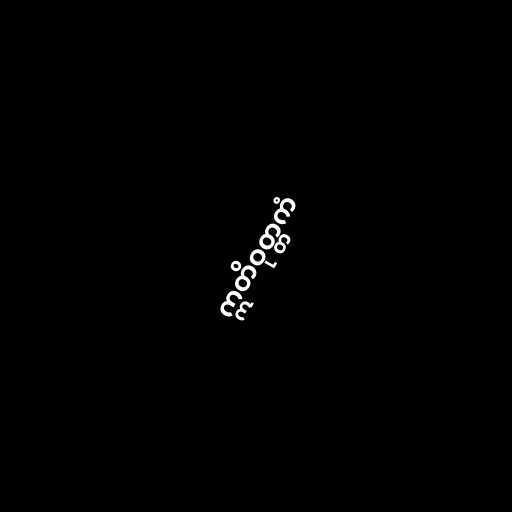
ဣတိဝုတ္တကံ